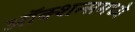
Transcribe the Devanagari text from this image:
ऑक्शन्समध्ये